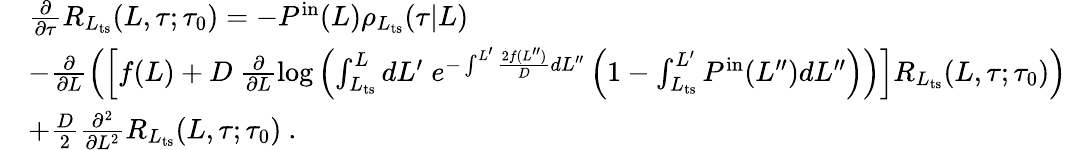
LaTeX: \begin{array}{rl}&{\frac{\partial}{\partial\tau}R_{L_{\mathrm{ts}}}(L,\tau;\tau_{0})=-P^{\mathrm{in}}(L)\rho_{L_{\mathrm{ts}}}(\tau|L)}\\ &{-\frac{\partial}{\partial L}\left(\left[f(L)+D\ \frac{\partial}{\partial L}\log\left(\int_{L_{\mathrm{ts}}}^{L}dL^{\prime}\; e^{-\int^{L^{\prime}}\frac{2f(L^{\prime\prime})}{D}dL^{\prime\prime}}\left(1-\int_{L_{\mathrm{ts}}}^{L^{\prime}}P^{\mathrm{in}}(L^{\prime\prime})dL^{\prime\prime}\right)\right)\right]R_{L_{\mathrm{ts}}}(L,\tau;\tau_{0})\right)}\\ &{+\frac{D}{2}\frac{\partial^{2}}{\partial L^{2}}R_{L_{\mathrm{ts}}}(L,\tau;\tau_{0})\ .}\end{array}